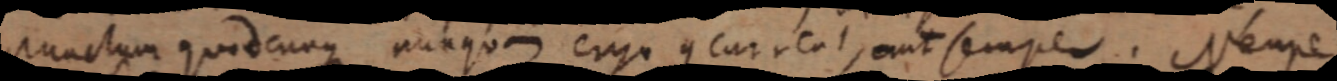
punctum quodcunque nunquam ergo _ current, aut semper. Nempe